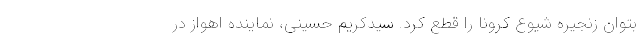
بتوان زنجیره شیوع کرونا را قطع کرد. سیدکریم حسینی، نماینده اهواز در